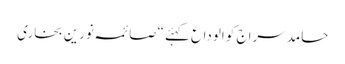
حامد سراج کو الوداع کہئے “صائمہ نورین بخاری